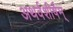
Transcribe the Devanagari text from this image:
अथर्वशीर्षम्